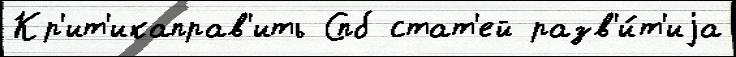
Кр'ит'икаправ'ить Спб стат'ей разв'и́т'иjа